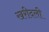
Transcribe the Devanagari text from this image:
खरीदली